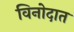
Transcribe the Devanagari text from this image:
विनोदात